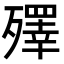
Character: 殬